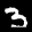
Label: 3